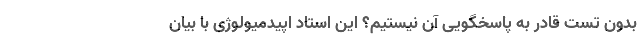
بدون تست قادر به پاسخگویی آن نیستیم؟ این استاد اپیدمیولوژی با بیان